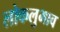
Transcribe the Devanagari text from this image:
लोकलुभाव